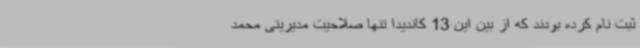
ثبت نام کرده بودند که از بین این 13 کاندیدا تنها صلاحیت مدیریتی محمد